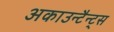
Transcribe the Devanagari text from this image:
अकाउन्टैन्ट्स